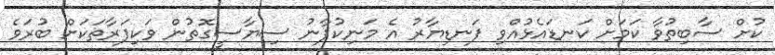
ކުށް ސާބިތުވާ ކަމަށް ކަނޑައެޅުުއްވި ފަނޑިޔާރު އެ މަނިކުފާނު ސިޔާސީގޮތުން ވަކިފަރާތަކަށް ބުރަވެ